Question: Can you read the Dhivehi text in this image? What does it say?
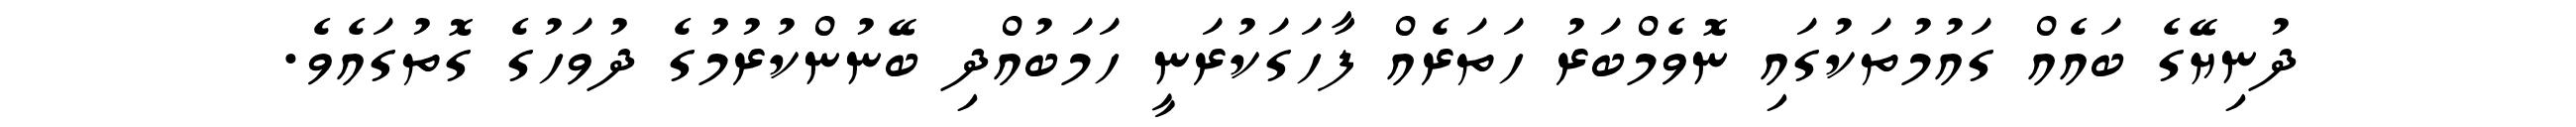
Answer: ދުނިޔޭގެ ބައެއް ގައުމުތަކުގައި ނޮވެމްބަރު ހަތަރެއް ފާހަގަކުރަނީ ހަމަބުއްދި ބޭނުންކުރުމުގެ ދުވަހުގެ ގޮތުގައެވެ.